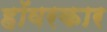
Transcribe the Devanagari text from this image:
हॉवरकार